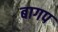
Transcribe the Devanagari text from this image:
बागप